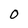
Character: 0